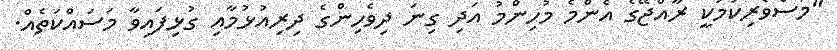
"މަސްވެރިކަމަކީ ރާއްޖޭގެ އެންމެ މުހިންމު އަދި ގިނަ ދިވެހިންގެ ދިރިއުޅުމާއި ގުޅިފައިވާ މަސައްކަތެއް.